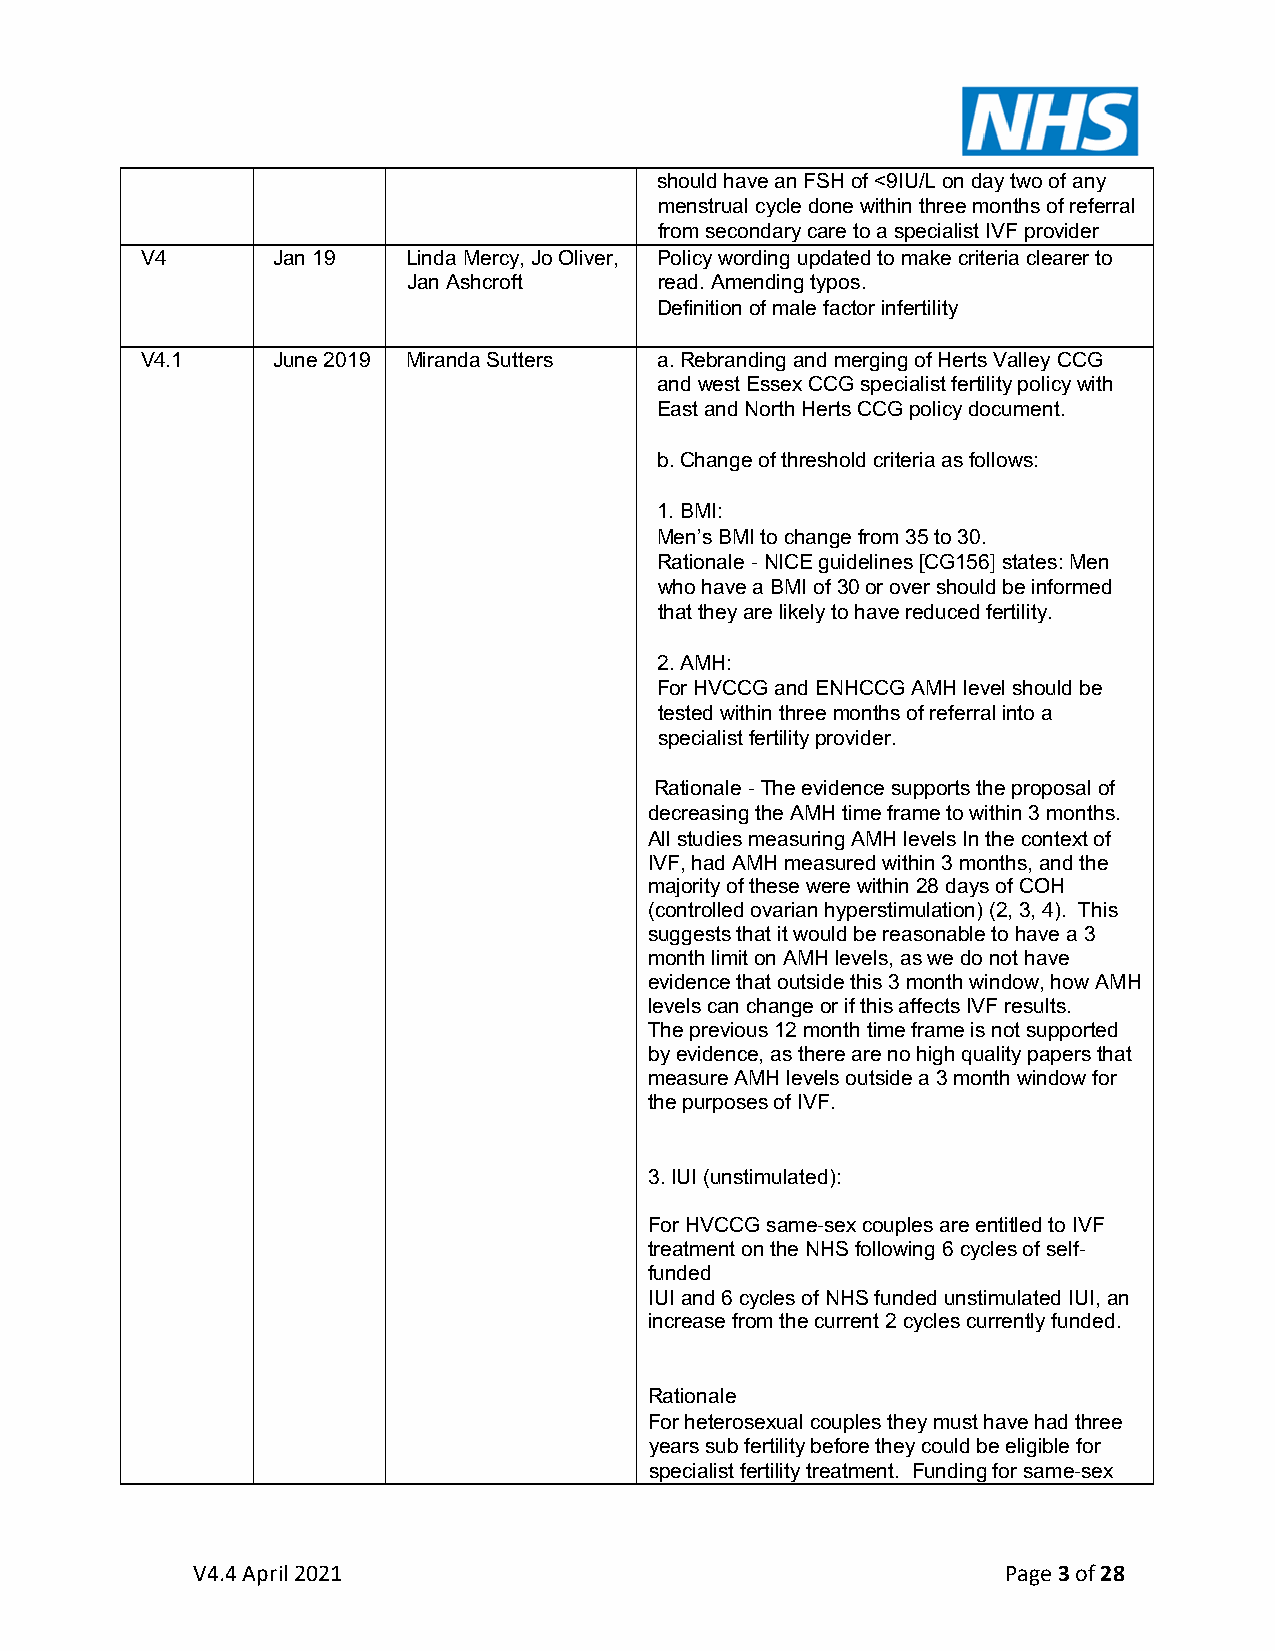
should have an FSH of <9IU/L on day two of any
 menstrual cycle done within three months of referral
 from secondary care to a specialist IVF provider
 V4       Jan 19   Linda Mercy, Jo Oliver, Policy wording updated to make criteria clearer to
 Jan Ashcroft     read. Amending typos.
 Definition of male factor infertility
 V4.1     June 2019 Miranda Sutters a. Rebranding and merging of Herts Valley CCG
 and west Essex CCG specialist fertility policy with
 East and North Herts CCG policy document.
 b. Change of threshold criteria as follows:
 1. BMI:
 Men’s BMI to change from 35 to 30.
 Rationale - NICE guidelines [CG156] states: Men
 who have a BMI of 30 or over should be informed
 that they are likely to have reduced fertility.
 2. AMH:
 For HVCCG and ENHCCG AMH level should be
 tested within three months of referral into a
 specialist fertility provider.
 Rationale - The evidence supports the proposal of
 decreasing the AMH time frame to within 3 months.
 All studies measuring AMH levels In the context of
 IVF, had AMH measured within 3 months, and the
 majority of these were within 28 days of COH
 (controlled ovarian hyperstimulation) (2, 3, 4). This
 suggests that it would be reasonable to have a 3
 month limit on AMH levels, as we do not have
 evidence that outside this 3 month window, how AMH
 levels can change or if this affects IVF results.
 The previous 12 month time frame is not supported
 by evidence, as there are no high quality papers that
 measure AMH levels outside a 3 month window for
 the purposes of IVF.
 3. IUI (unstimulated):
 For HVCCG same-sex couples are entitled to IVF
 treatment on the NHS following 6 cycles of self-
 funded
 IUI and 6 cycles of NHS funded unstimulated IUI, an
 increase from the current 2 cycles currently funded.
 Rationale
 For heterosexual couples they must have had three
 years sub fertility before they could be eligible for
 specialist fertility treatment. Funding for same-sex
 V4.4 April 2021                                       Page 3 of 28